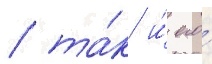
/ та́к и́ его́